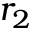
r _ { 2 }